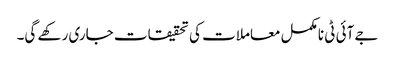
جے آئی ٹی نامکمل معاملات کی تحقیقات جاری رکھے گی۔